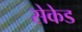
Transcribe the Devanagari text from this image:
सेकेड